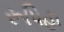
રૂપિહા